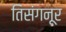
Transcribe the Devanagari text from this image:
तिसंगनूर